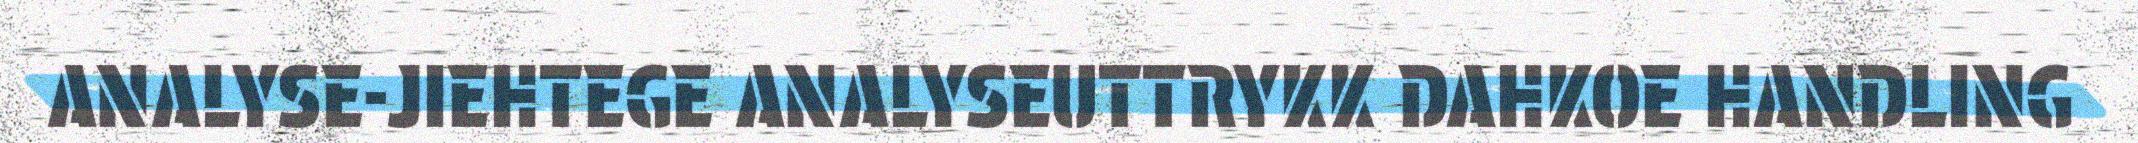
ANALYSE-JIEHTEGE ANALYSEUTTRYKK DAHKOE HANDLING